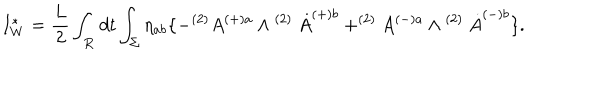
LaTeX: I _ { W } ^ { \ast } = \frac { L } { 2 } \int _ { \bf R } d t \int _ { \Sigma } \eta _ { a b } \{ - ^ { ( 2 ) } A ^ { ( + ) a } \wedge ^ { \mathrm { ~ } ( 2 ) } \dot { A } ^ { ( + ) b } + ^ { ( 2 ) } A ^ { ( - ) a } \wedge ^ { \mathrm { ~ } ( 2 ) } \dot { A } ^ { ( - ) b } \} .